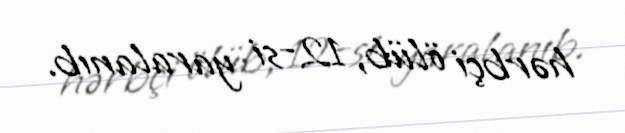
hərbçi ölüb, 12-si yaralanıb.